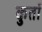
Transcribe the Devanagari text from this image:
कुर्तो